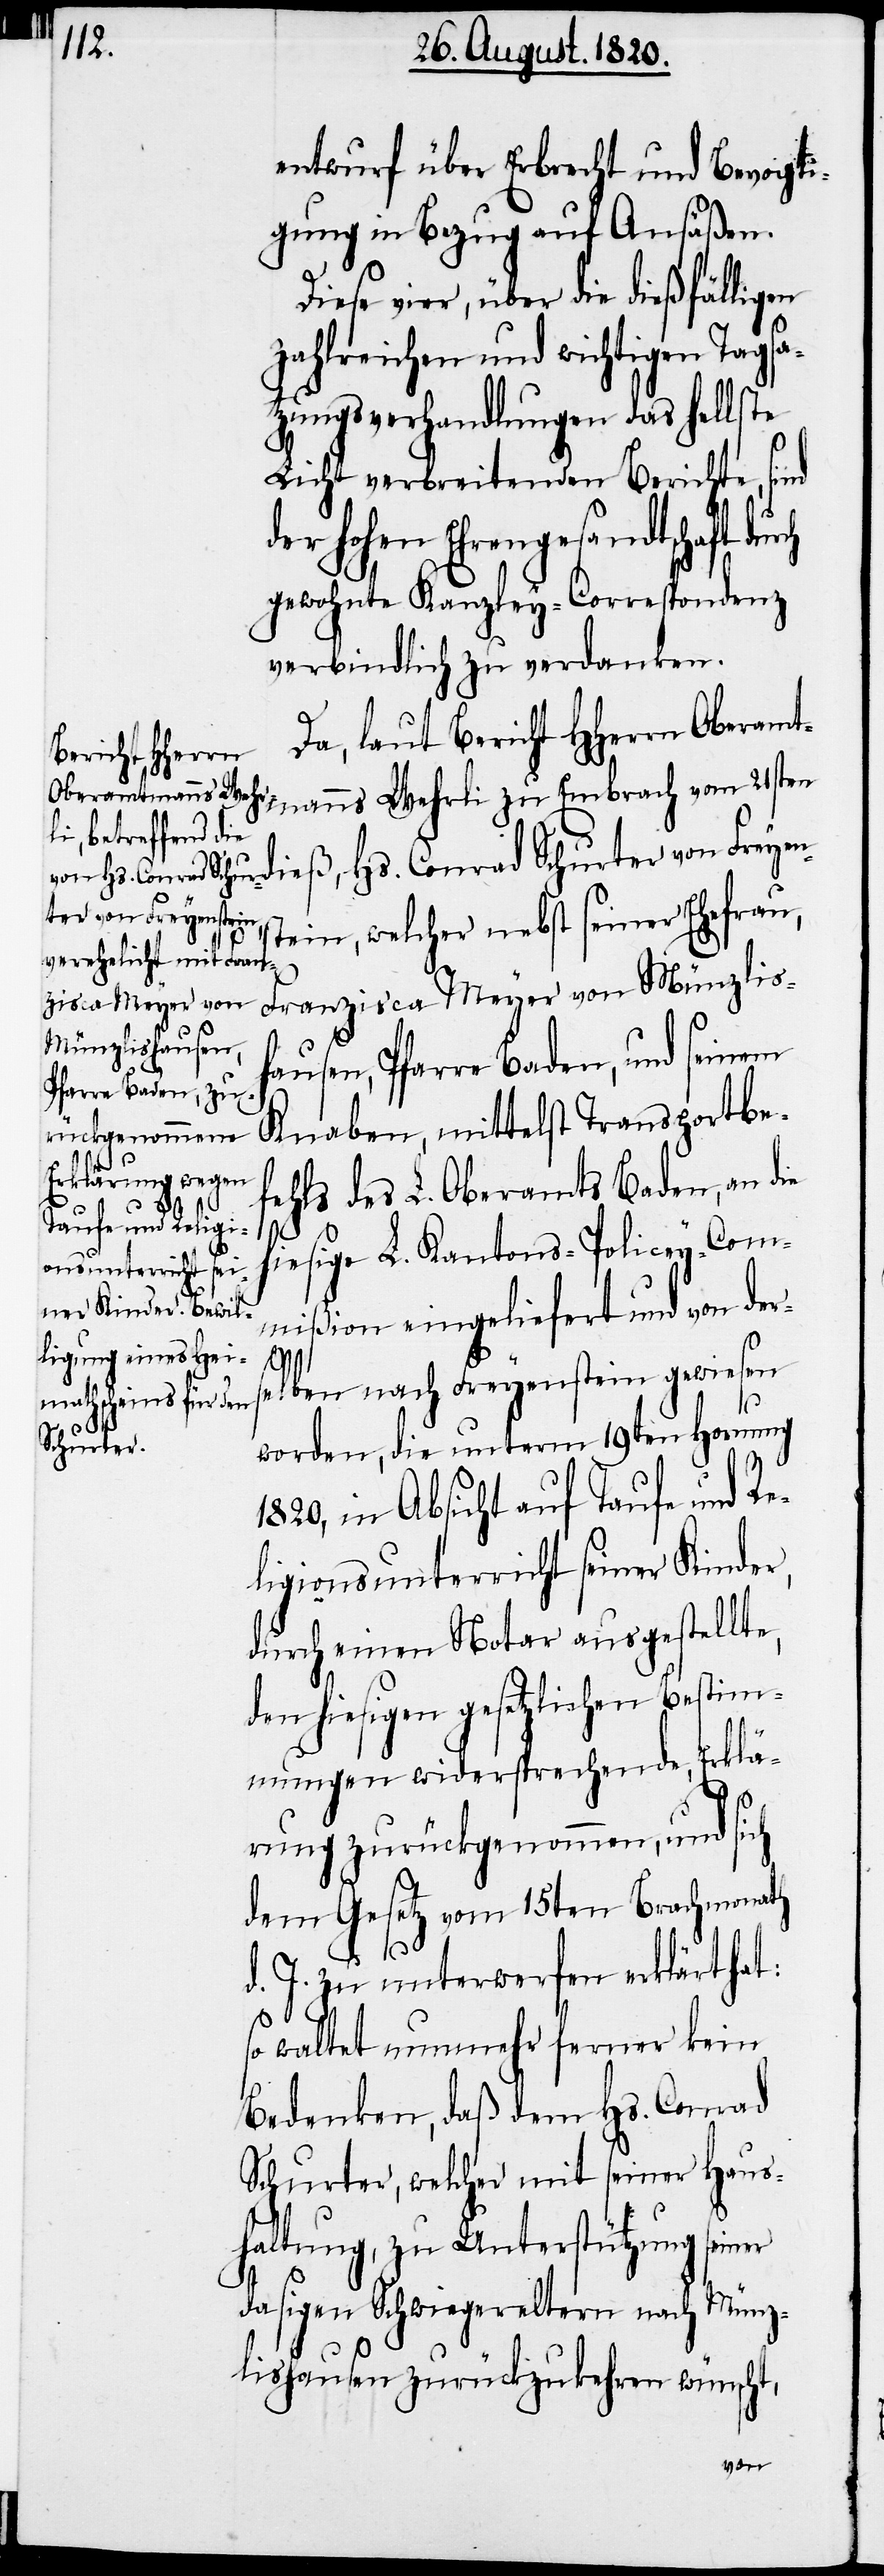
Entwurf über Erbrecht und Bevogti¬
gung in Bezug auf Ansäßen.
vier, über die dießfälligen
zahlreichen und wichtigen Tagsa¬
tzungsverhandlungen das hellste
Licht verbreitenden Berichte, sind
der hohen Ehrengesandtschaft
gewohnte Kanzley-Correspondenz
verbindlich zu verdanken.
Bericht HHerrn
Oberamtmanns Wehrli zu Embrach vom 21sten
dieß, Hs. Conrad Schurter von Freyen¬
tein, welcher nebst seiner Ehefrau,
Franzisca Meyer von Münzlis¬
hausen, Pfarre Baden, und seinen
Knaben, mittelst Transportbe¬
fehls des L. Oberamts Baden, an die
hiesige L. Kantons-Policey-Com¬
mißion eingeliefert und von der¬
laut
selben nach Freyenstein gewiesen
worden, die unterm 19ten Hornung
1820, in Absicht auf Taufe und Re¬
ligionsunterricht seiner Kinder,
durch einen Notar ausgestellte,
den hiesigen gesetzlichen Bestim¬
mungen widersprechende, Erklä¬
rung zurückgenommen, und sich
dem Gesetz vom 15ten Brachmonath
s¬
d. J. zu unterwerfen erklärt hat:
so waltet nunmehr ferner kein
Bedenken, daß dem Hs. Conrad
Schurter, welcher mit seiner Haus¬
haltung, zu Unterstützung seiner
dasigen Schwiegermuttern nach Münz¬
lishausen zurückzukehren wünscht,